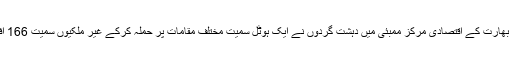
26 نومبر 2008ء کو بھارت کے اقتصادی مرکز ممبئی میں دہشت گردوں نے ایک ہوٹل سمیت مختلف مقامات پر حملہ کرکے غیر ملکیوں سمیت 166 افراد کو ہلاک کردیا تھا۔